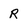
Character: R